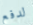
لدفع